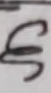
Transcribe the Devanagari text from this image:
अ